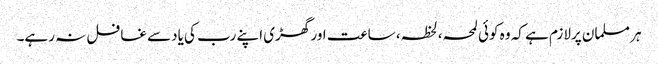
ہر مسلمان پرلازم ہے کہ وہ کوئی لمحہ،لحظہ، ساعت اور گھڑی اپنے رب کی یادسے غافل نہ رہے۔